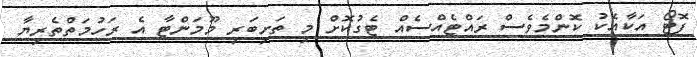
ފޮޓޯ އަކާއެކު ކޮންމެވެސް ރައްޓެއްސެއް ޓެގުކޮށް މި ތަށިބަރި މޫމަންޓާ އެ ރަހުމަތްތެރިޔާ